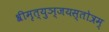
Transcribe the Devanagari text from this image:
श्रीमृत्युञ्जयस्तोत्रम्